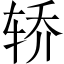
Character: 轿